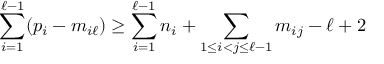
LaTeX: \sum _ { i = 1 } ^ { \ell - 1 } ( p _ { i } - m _ { i \ell } ) \geq \sum _ { i = 1 } ^ { \ell - 1 } n _ { i } + \sum _ { 1 \leq i < j \leq \ell - 1 } m _ { i j } - \ell + 2